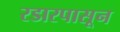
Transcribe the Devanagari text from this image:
रडारपासून